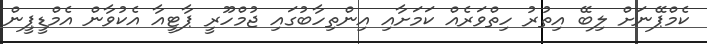
ކެމްޕޭނަށް ލިބޭ އިތުރު ހިތްވަރެއް ކަމަށާއި އިންތިހާބުގައި ޖުމްހޫރީ ޕާޓީއާ އެކުވާން އެމްޑީޕީން